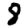
Digit: 8